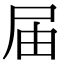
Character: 届